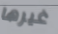
غيرها